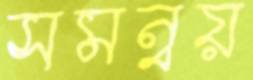
সমন্বয়